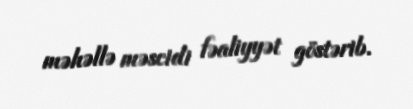
məhəllə məscidi fəaliyyət göstərib.